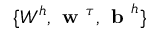
\{ W ^ { h } , \textbf { w } ^ { \tau } , \textbf { b } ^ { h } \}